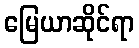
မြေယာဆိုင်ရာ